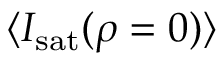
\ensuremath { \langle \ensuremath { I _ { \mathrm { s a t } } } ( \rho = 0 ) \rangle }